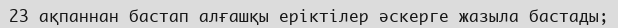
23 ақпаннан бастап алғашқы еріктілер әскерге жазыла бастады;